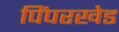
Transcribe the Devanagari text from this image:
पिंपरखेड